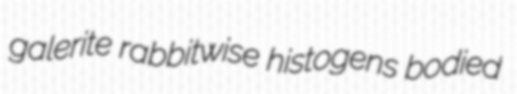
galerite rabbitwise histogens bodied